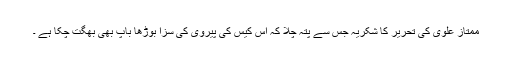
ممتاز علوی کی تحریر کا شکریہ جس سے پتہ چلا کہ اس کیس کی پیروی کی سزا بوڑھا باپ بھی بھگت چکا ہے ۔